system: You are a helpful assistant.
user:
Analyze the provided spectrum to determine if it is a **S-type Star**.

- **Key Indicators for S-type Star:**

    - **(Overall Spectrum Shape):** The first and most obvious characteristic is the overall continuum (the "baseline" shape). It is **extremely "red-sloping,"** meaning the flux (light intensity) is very low on the left side (blue, ~4000-4500 Å) and rises steeply and continuously toward the right side (red, ~7000 Å+).

    - **(Primary):** The spectrum is defined by the presence of strong, broad molecular absorption "valleys" (bands) from **Zirconium Oxide (ZrO)**. The identification of these bands is the **primary requirement** for classifying a star as S-type.
        - **(Key Bandheads):** You must find distinct, deep "dips" where the light has been absorbed. The most critical band systems to locate are:
            - **~6474 Å** ($\gamma$-system): This is often the strongest and clearest ZrO feature, found in the red part of the spectrum.
            - **~5718 Å** & **~5551 Å** ($\beta$-system): A pair of prominent absorption features in the yellow-orange part of the spectrum.
            - **~4640 Å** ($\alpha$-system): A key absorption band system in the blue-green region of the spectrum.

    - **(Secondary Confirmation):** The classification is strengthened by finding additional absorption bands from other related heavy element oxides, which are expected to be present alongside ZrO.
        - **(Key Bandheads):**
            - **Yttrium Oxide (YO):** Look for absorption dips near **~4800 Å** and **~6100 Å**.
            - **Lanthanum Oxide (LaO):** Additional absorption features, particularly in the red-orange part of the spectrum, are also characteristic.

    - **(Line Profile):** The combination of the steep red continuum and these numerous, deep molecular bands (ZrO, YO, etc.) gives the entire spectrum a very **"chopped-up"** or **"bumpy"** appearance. Instead of a smooth curve, the spectrum looks as though large, wide chunks of light have been "carved out" of it at the specific wavelengths listed above.

Think first, call **spectral_visualization_tool** if needed to examine features in detail, then provide your final answer. Your response must adhere to the following strict rules:
1.  **Overall Structure:** Your response must follow the format `<think>...</think> <tool_call>...</tool_call> (if a tool is used) <answer>...</answer>`.
2.  **Tool Usage Constraint:** You may only make **one** tool call per turn.
3.  **Final Answer Format:** In the `<answer>` tag, your conclusion must be inside a `\boxed{}` command (e.g., `\boxed{YES}` or `\boxed{NO}`), followed by your justification.

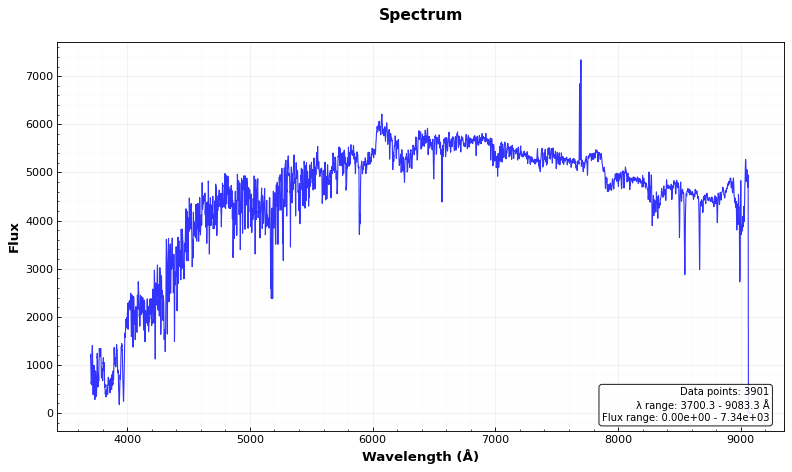
Answer: NO